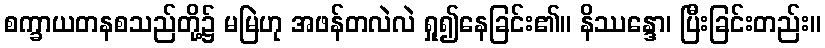
စက္ခာယတနစသည်တို့၌ မမြဲဟု အဖန်တလဲလဲ ရှု၍နေခြင်း၏။ နိဿန္ဒော၊ ပြီးခြင်းတည်း။